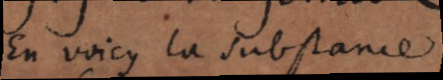
En voicy la substance